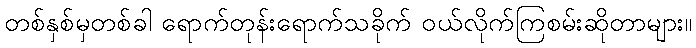
တစ်နှစ်မှတစ်ခါ ရောက်တုန်းရောက်သခိုက် ဝယ်လိုက်ကြစမ်းဆိုတာများ။